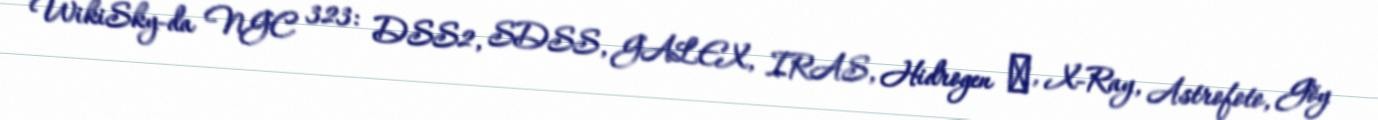
WikiSky-da NGC 323: DSS2, SDSS, GALEX, IRAS, Hidrogen α, X-Ray, Astrofoto, Göy